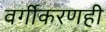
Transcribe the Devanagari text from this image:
वर्गीकरणही